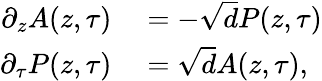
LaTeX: \begin{array}{rl}{\partial_{z}A(z,\tau)}&{{}=-\sqrt{d}P(z,\tau)}\\ {\partial_{\tau}P(z,\tau)}&{{}=\sqrt{d}A(z,\tau),}\end{array}